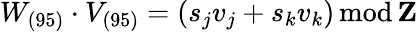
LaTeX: W_{(95)}\cdot V_{(95)}=(s_{j}v_{j}+s_{k}v_{k})\mathrm{\, mod\, }{\mathbf Z}